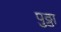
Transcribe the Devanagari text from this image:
पुठ्ठा